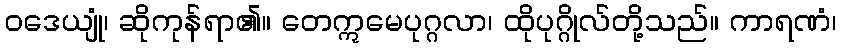
ဝဒေယျုံ၊ ဆိုကုန်ရာ၏။ တေဣမေပုဂ္ဂလာ၊ ထိုပုဂ္ဂိုလ်တို့သည်။ ကာရဏံ၊